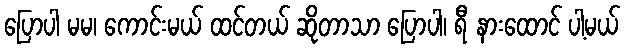
ပြောပါ မမ၊ ကောင်းမယ် ထင်တယ် ဆိုတာသာ ပြောပါ၊ ရီ နားထောင် ပါ့မယ်